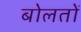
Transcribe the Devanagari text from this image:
बोलतों